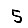
Digit: 5